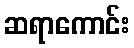
ဆရာကောင်း